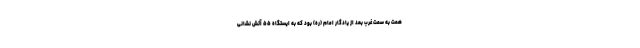
همت به سمت غرب بعد از یادگار امام (ره) بود که به ایستگاه ۵۵ آتش نشانی